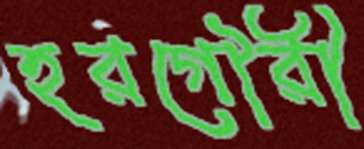
হরগৌরী